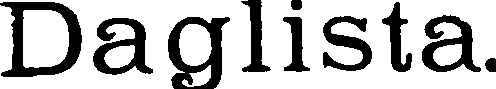
Daglista.